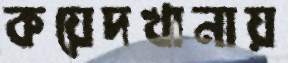
কয়েদখানায়